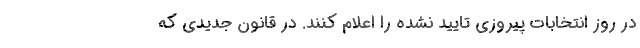
در روز انتخابات پیروزی تایید نشده را اعلام کنند. در قانون جدیدی که